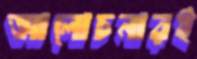
আলোচনারই